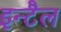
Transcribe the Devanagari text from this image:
इन्टैल